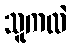
သူကလဲ